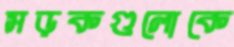
সড়কগুলোকে